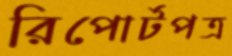
রিপোর্টপত্র